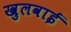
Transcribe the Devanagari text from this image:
खुलवाई